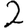
Digit: 2